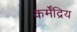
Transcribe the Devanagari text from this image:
कर्मेंद्रिय